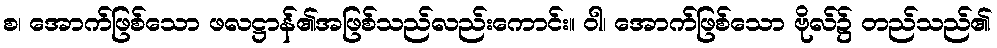
စ၊ အောက်ဖြစ်သော ဖလဋ္ဌာန်၏အဖြစ်သည်လည်းကောင်း။ ဝါ၊ အောက်ဖြစ်သော ဗိုလ်၌ တည်သည်၏